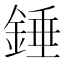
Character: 錘